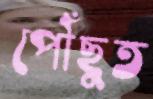
পৌঁছুত